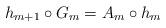
LaTeX: \begin{align*}h_{m+1}\circ G_m=A_m \circ h_m\end{align*}